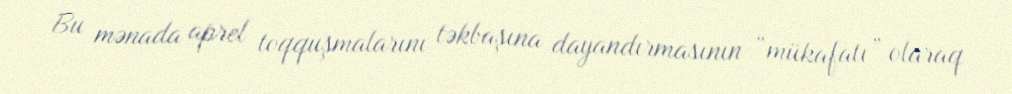
Bu mənada aprel toqquşmalarını təkbaşına dayandırmasının “mükafatı” olaraq